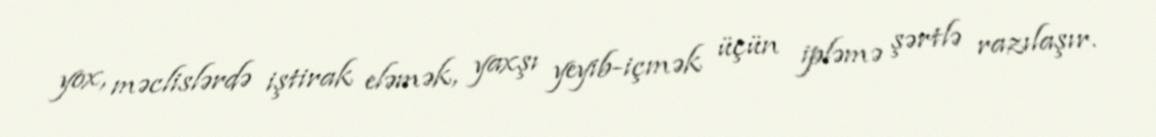
yox, məclislərdə iştirak eləmək, yaxşı yeyib-içmək üçün ipləmə şərtlə razılaşır.